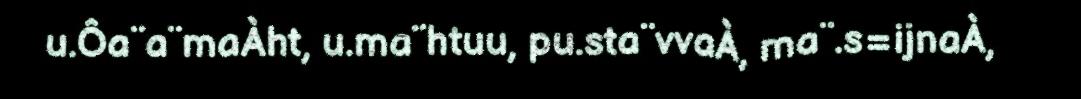
u.Ôa¨a¨maÀht, u.ma¨htuu, pu.sta¨vvaÀ, ma¨.s=ijnaÀ,